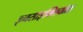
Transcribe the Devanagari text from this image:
इनसाइक्लियॉस